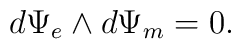
d\Psi_{e}\wedge d\Psi_{m} = 0 .